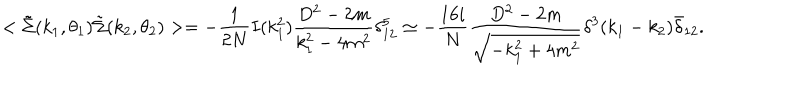
< \tilde { \Sigma } ( k _ { 1 } , \theta _ { 1 } ) \tilde { \Sigma } ( k _ { 2 } , \theta _ { 2 } ) > = - \frac { 1 } { 2 N } I ( k _ { 1 } ^ { 2 } ) \frac { D ^ { 2 } - 2 m } { k _ { 1 } ^ { 2 } - 4 m ^ { 2 } } \delta _ { 1 2 } ^ { 5 } \simeq - \frac { 1 6 i } { N } \frac { D ^ { 2 } - 2 m } { \sqrt { - k _ { 1 } ^ { 2 } + 4 m ^ { 2 } } } \delta ^ { 3 } ( k _ { 1 } - k _ { 2 } ) \bar { \delta } _ { 1 2 } .